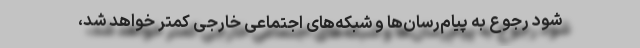
شود رجوع به پیام‌رسان‌ها و شبکه‌های اجتماعی خارجی کمتر خواهد شد،